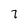
Character: 7